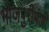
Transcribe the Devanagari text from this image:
भोजपुरीभाषी